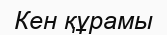
Кен құрамы